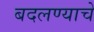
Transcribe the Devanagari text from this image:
बदलण्याचें